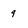
Character: 9